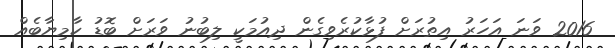
2016 ވަނަ އަހަރު އިތުރަށް ފުޅާކުރެވިގެން ދިއުމަކީ ލިބުނު ވަރަށް ބޮޑު ކާމިޔާބެއް